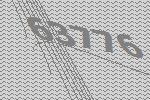
63776